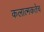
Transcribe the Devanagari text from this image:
कलात्मकतेच